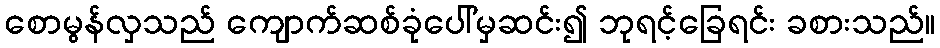
စောမွန်လှသည် ကျောက်ဆစ်ခုံပေါ်မှဆင်း၍ ဘုရင့်ခြေရင်း ခစားသည်။